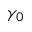
\gamma _ { 0 }